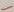
Text: -